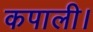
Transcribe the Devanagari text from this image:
कपाली।